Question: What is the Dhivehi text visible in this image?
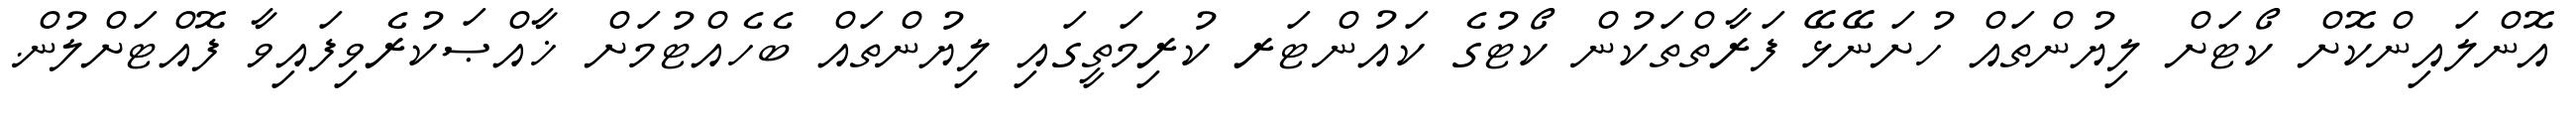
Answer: އޮންލައިންކޮށް ކޯޓަށް ލިޔުންތައް ހުށަނޭޅޭ ފަރާތްތަކުން ކޯޓުގެ ކައުންޓަރ ކުރިމަތީގައި ލިޔުންތައް ބެހެއްޓުމަށް ޚާއްޞަކުރެވިފައިވާ ފޮއްޓަށްލުން.